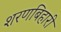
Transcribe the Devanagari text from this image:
शरणबिहारी